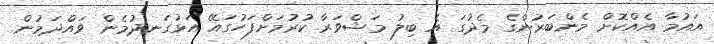
އައުމާ އެއްކޮށް މެންބަރުންގެ މެދުގަ އެ ބިލު މަޝްވަރާ ކުރުމަށްފަހުގައޭ އަޅުގަނދުމެން ވައްދަމުން